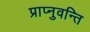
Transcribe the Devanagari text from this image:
प्राप्नुवन्ति